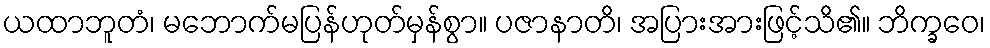
ယထာဘူတံ၊ မဘောက်မပြန်ဟုတ်မှန်စွာ။ ပဇာနာတိ၊ အပြားအားဖြင့်သိ၏။ ဘိက္ခဝေ၊